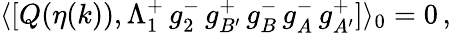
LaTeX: \langle[Q(\eta(k)),\Lambda_{1}^{+}\, g_{2}^{-}\, g_{B^{\prime}}^{+}\, g_{B}^{-}\, g_{A}^{-}\, g_{A^{\prime}}^{+}]\rangle_{0}=0\, ,